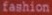
fashion